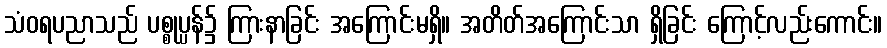
သံဝရပညာသည် ပစ္စုပ္ပန်၌ ကြားနာခြင်း အကြောင်းမရှိ။ အတိတ်အကြောင်းသာ ရှိခြင်း ကြောင့်လည်းကောင်း။